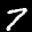
Label: 7